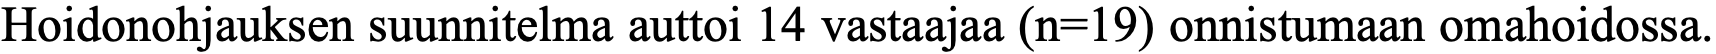
Hoidonohjauksen suunnitelma auttoi 14 vastaajaa (n=19) onnistumaan omahoidossa.